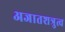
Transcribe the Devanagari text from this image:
अजातशत्रुत्व